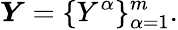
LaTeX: \boldsymbol{Y}=\{ Y^{\alpha}\} _{\alpha=1}^{m}.